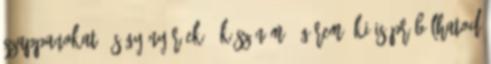
szappanokat, és gyönyörűek : Köszönöm. Ígérem, ki is próbálhatod